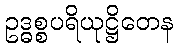
ဥဒ္ဓစ္စပရိယုဋ္ဌိတေန